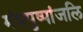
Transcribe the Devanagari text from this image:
मंत्रपुष्पांजलि